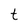
Character: t